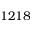
1 2 1 8